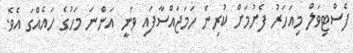
ފެސްޓިވަލް މިއަހަރު ފެށުމަށް ކުރިން ހަމަޖައްސާފައި ވަނީ އަންނަ މަހުގެ ހައެއްގަ އެވެ.